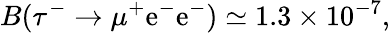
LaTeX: B(\tau^{-}\to\mu^{+}\mathrm{e}^{-}\mathrm{e}^{-})\simeq1.3\times10^{-7},